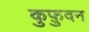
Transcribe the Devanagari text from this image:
कुफ़ुवन